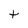
Character: t